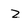
Character: z